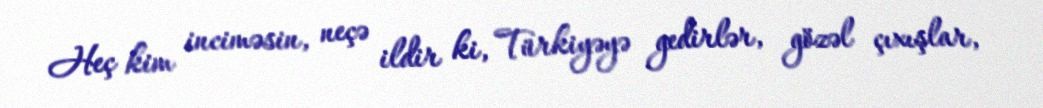
Heç kim inciməsin, neçə ildir ki, Türkiyəyə gedirlər, gözəl çıxışlar,